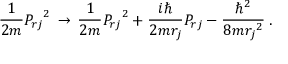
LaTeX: \frac { 1 } { 2 m } { P _ { r j } } ^ { 2 } \, \rightarrow \, \frac { 1 } { 2 m } { P _ { r j } } ^ { 2 } + \frac { i \hbar } { 2 m r _ { j } } P _ { r j } - \frac { \hbar ^ { 2 } } { 8 m { r _ { j } } ^ { 2 } } \; .